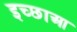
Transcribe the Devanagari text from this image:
इच्छाआ